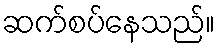
ဆက်စပ်နေသည်။